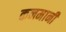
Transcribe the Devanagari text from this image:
कनमानी